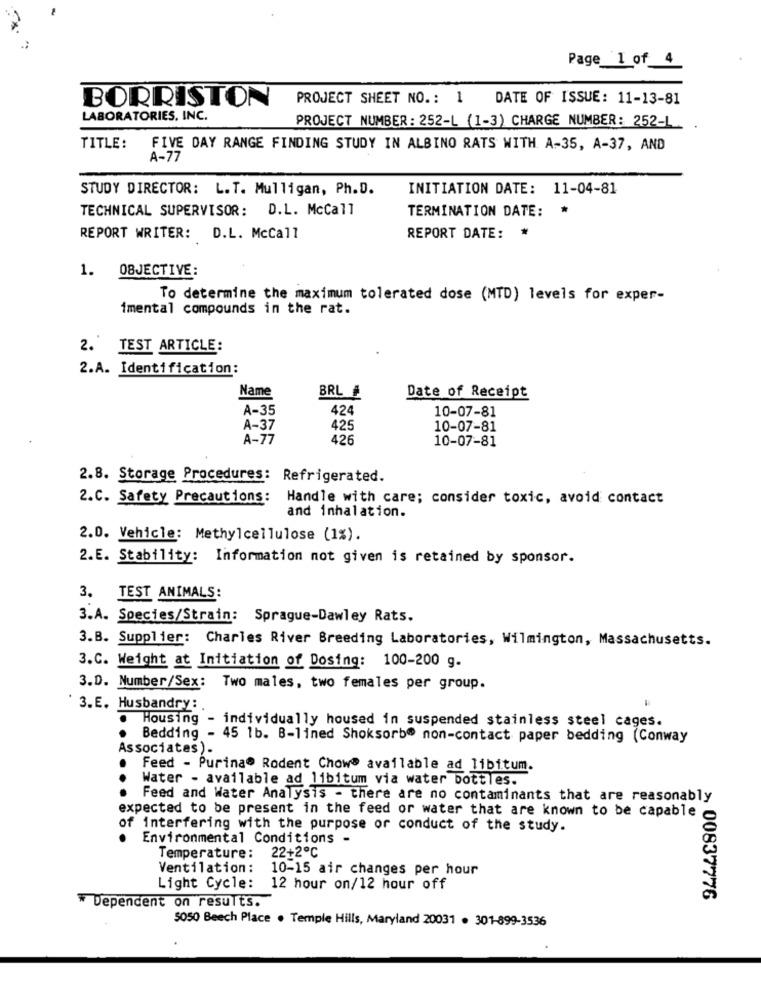
Page_1_of_ 4
PROJECT SHEET NO .: 1 DATE OF ISSUE: 11-13-81
BORRISTON
LABORATORIES. INC.
PROJECT NUMBER: 252-L (1-3) CHARGE NUMBER: 252-L
TITLE:
FIVE DAY RANGE FINDING STUDY IN ALBINO RATS WITH A-35, A-37, AND
A-77
STUDY DIRECTOR: L.T. Mulligan, Ph.D.
INITIATION DATE: 11-04-81
TECHNICAL SUPERVISOR: D.L. McCall
TERMINATION DATE:
REPORT WRITER: D.L. McCall
REPORT DATE: *
OBJECTIVE:
1.
To determine the maximum tolerated dose (MTD) levels for exper-
imental compounds in the rat.
2. TEST ARTICLE:
2.A. Identification:
Name
BRL #
Date of Receipt
A-35
424
10-07-81
A-37
425
10-07-81
A-77
426
10-07-81
2.8. Storage Procedures: Refrigerated.
2.C. Safety Precautions: Handle with care; consider toxic, avoid contact
and inhalation.
2.0. Vehicle: Methylcellulose (1%).
2.E. Stability: Information not given is retained by sponsor.
3.
TEST ANIMALS:
3.A. Species/Strain: Sprague-Dawley Rats.
3.B. Supplier: Charles River Breeding Laboratories, Wilmington, Massachusetts.
3.C. Weight at Initiation of Dosing: 100-200 g.
3.D. Number/Sex: Two males, two females per group.
3.E. Husbandry:
Housing - individually housed in suspended stainless steel cages.
Bedding - 45 1b. B-lined Shoksorbe non-contact paper bedding (Conway
Associates).
Feed - Purina® Rodent Chow® available ad libitum.
..
Water - available ad libitum via water bottles.
Feed and Water Analysis - there are no contaminants that are reasonably
expected to be present in the feed or water that are known to be capable
of interfering with the purpose or conduct of the study.
Environmental Conditions -
22+2℃
Temperature:
Ventilation :
10-15 air changes per hour
Light Cycle:
12 hour on/12 hour off
00837776
* Dependent on results.
5050 Beech Place . Temple Hills, Maryland 20031 . 301-899-3536